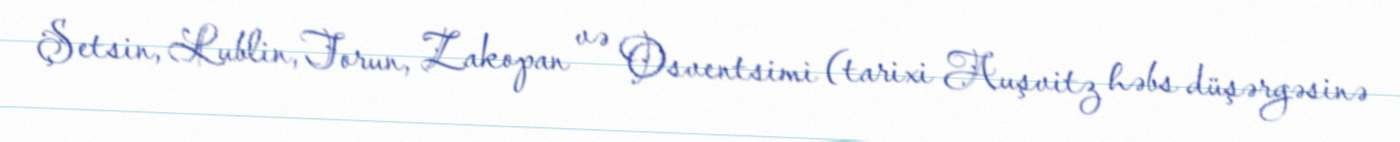
Şetsin, Lublin, Torun, Zakopan və Osventsimi (tarixi Auşvitz həbs düşərgəsinə